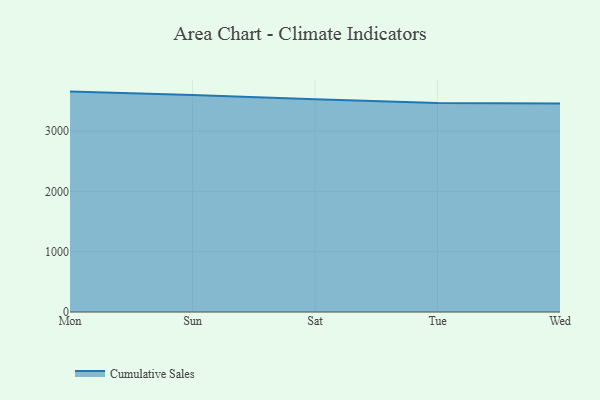
{"axis": {"x": "Day", "y": "Bounce Rate (%)"}, "legend": ["Cumulative Sales"], "data": [{"x": "Mon", "y": 3656.4, "type": "Cumulative Sales"}, {"x": "Sun", "y": 3599.0, "type": "Cumulative Sales"}, {"x": "Sat", "y": 3528.8, "type": "Cumulative Sales"}, {"x": "Tue", "y": 3467.7, "type": "Cumulative Sales"}, {"x": "Wed", "y": 3457.2, "type": "Cumulative Sales"}]}